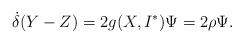
LaTeX: \begin{align*}\dot \delta {(Y - Z)} = 2g(X,{I^*})\Psi=2\rho\Psi.\end{align*}